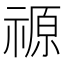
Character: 𮂋